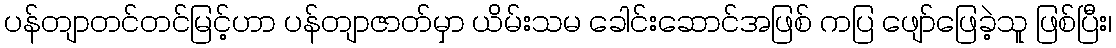
ပန်တျာတင်တင်မြင့်ဟာ ပန်တျာဇာတ်မှာ ယိမ်းသမ ခေါင်းဆောင်အဖြစ် ကပြ ဖျော်ဖြေခဲ့သူ ဖြစ်ပြီး၊